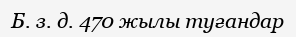
Б. з. д. 470 жылы туғандар